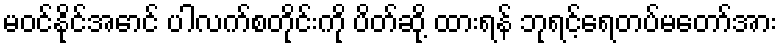
မဝင်နိုင်အောင် ပါလက်စတိုင်းကို ပိတ်ဆို့ ထားရန် ဘုရင့်ရေတပ်မတော်အား